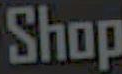
Shop